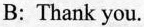
B: Thank you.